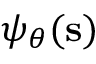
\psi _ { \boldsymbol \theta } ( \mathbf { s } )